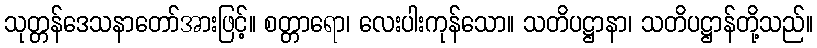
သုတ္တန်ဒေသနာတော်အားဖြင့်။ စတ္တာရော၊ လေးပါးကုန်သော။ သတိပဋ္ဌာနာ၊ သတိပဋ္ဌာန်တို့သည်။